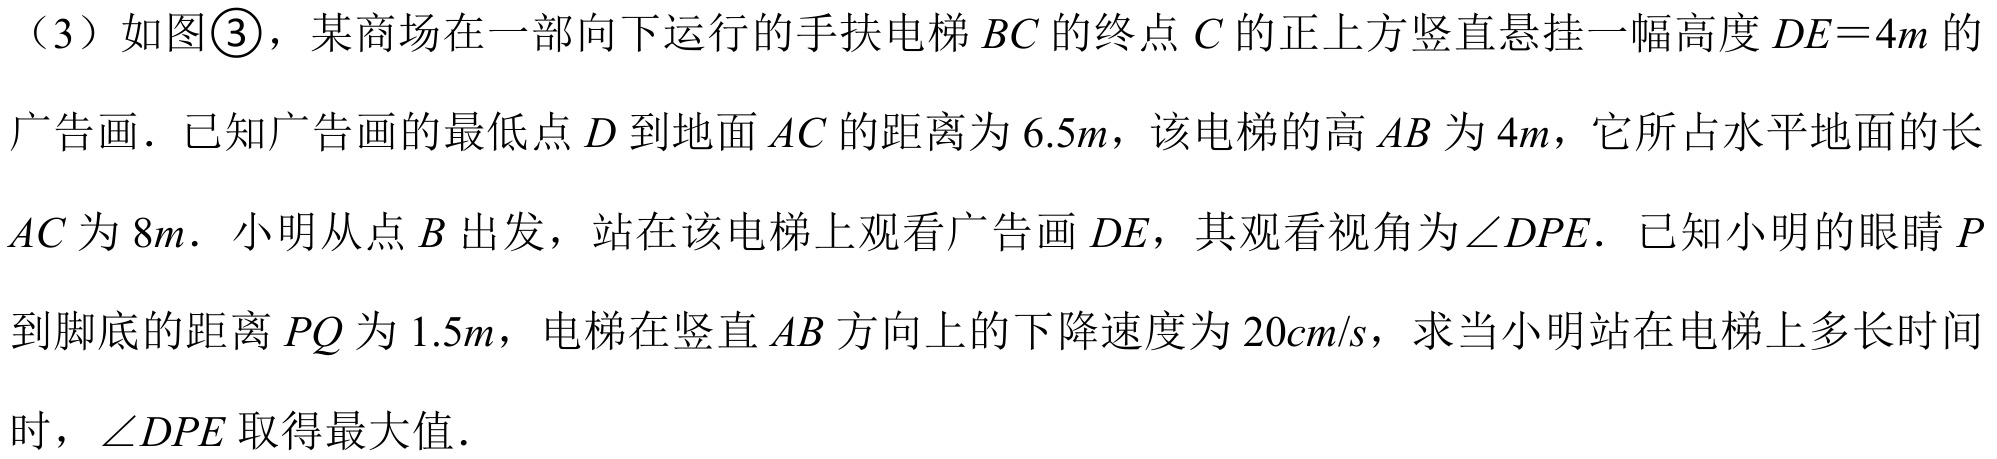
（3）如图\textcircled{3}，某商场在一部向下运行的手扶电梯\(BC\)的终点\(C\)的正上方竖直悬挂一幅高度\(DE = 4m\)的广告画．已知广告画的最低点\(D\)到地面\(AC\)的距离为\(6.5m\)，该电梯的高\(AB\)为\(4m\)，它所占水平地面的长\(AC\)为\(8m\)．小明从点\(B\)出发，站在该电梯上观看广告画\(DE\)，其观看视角为\(\angle DPE\)．已知小明的眼睛\(P\)到脚底的距离\(PQ\)为\(1.5m\)，电梯在竖直\(AB\)方向上的下降速度为\(20cm/s\)，求当小明站在电梯上多长时间时，\(\angle DPE\)取得最大值．